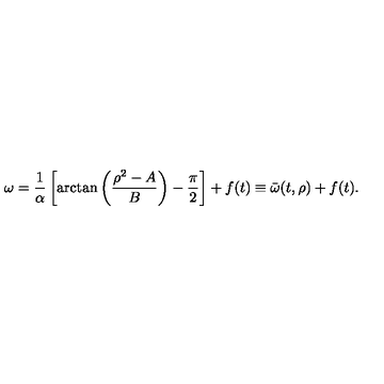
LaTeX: \omega = \frac { 1 } { \alpha } \left[ \arctan \left( \frac { \rho ^ { 2 } - A } { B } \right) - \frac { \pi } { 2 } \right] + f ( t ) \equiv \bar { \omega } ( t , \rho ) + f ( t ) .